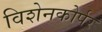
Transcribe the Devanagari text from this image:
विशेनकोर्पर